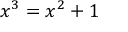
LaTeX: x ^ { 3 } = x ^ { 2 } + 1